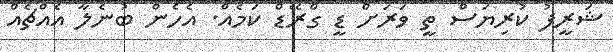
ޝަރީފު ކުރިޔަސް ތީ ވަރަށް ޑީ ގްރޭޑް ކަމެއް. އެހެން ބުނެލާ އެއްޗެއް